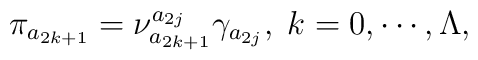
\pi _{a_{2k+1}}=\nu _{a_{2k+1}}^{a_{2j}}\gamma _{a_{2j}},\;k=0,\cdots,\Lambda ,